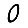
Digit: 0